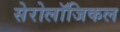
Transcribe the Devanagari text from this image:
सेरोलॉजिकल